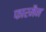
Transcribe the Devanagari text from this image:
फारमैन